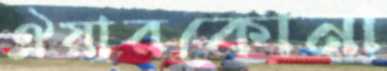
ঐয়ারকোনা